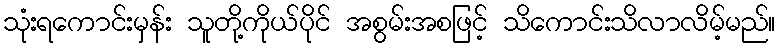
သုံးရကောင်းမှန်း သူတို့ကိုယ်ပိုင် အစွမ်းအစဖြင့် သိကောင်းသိလာလိမ့်မည်။